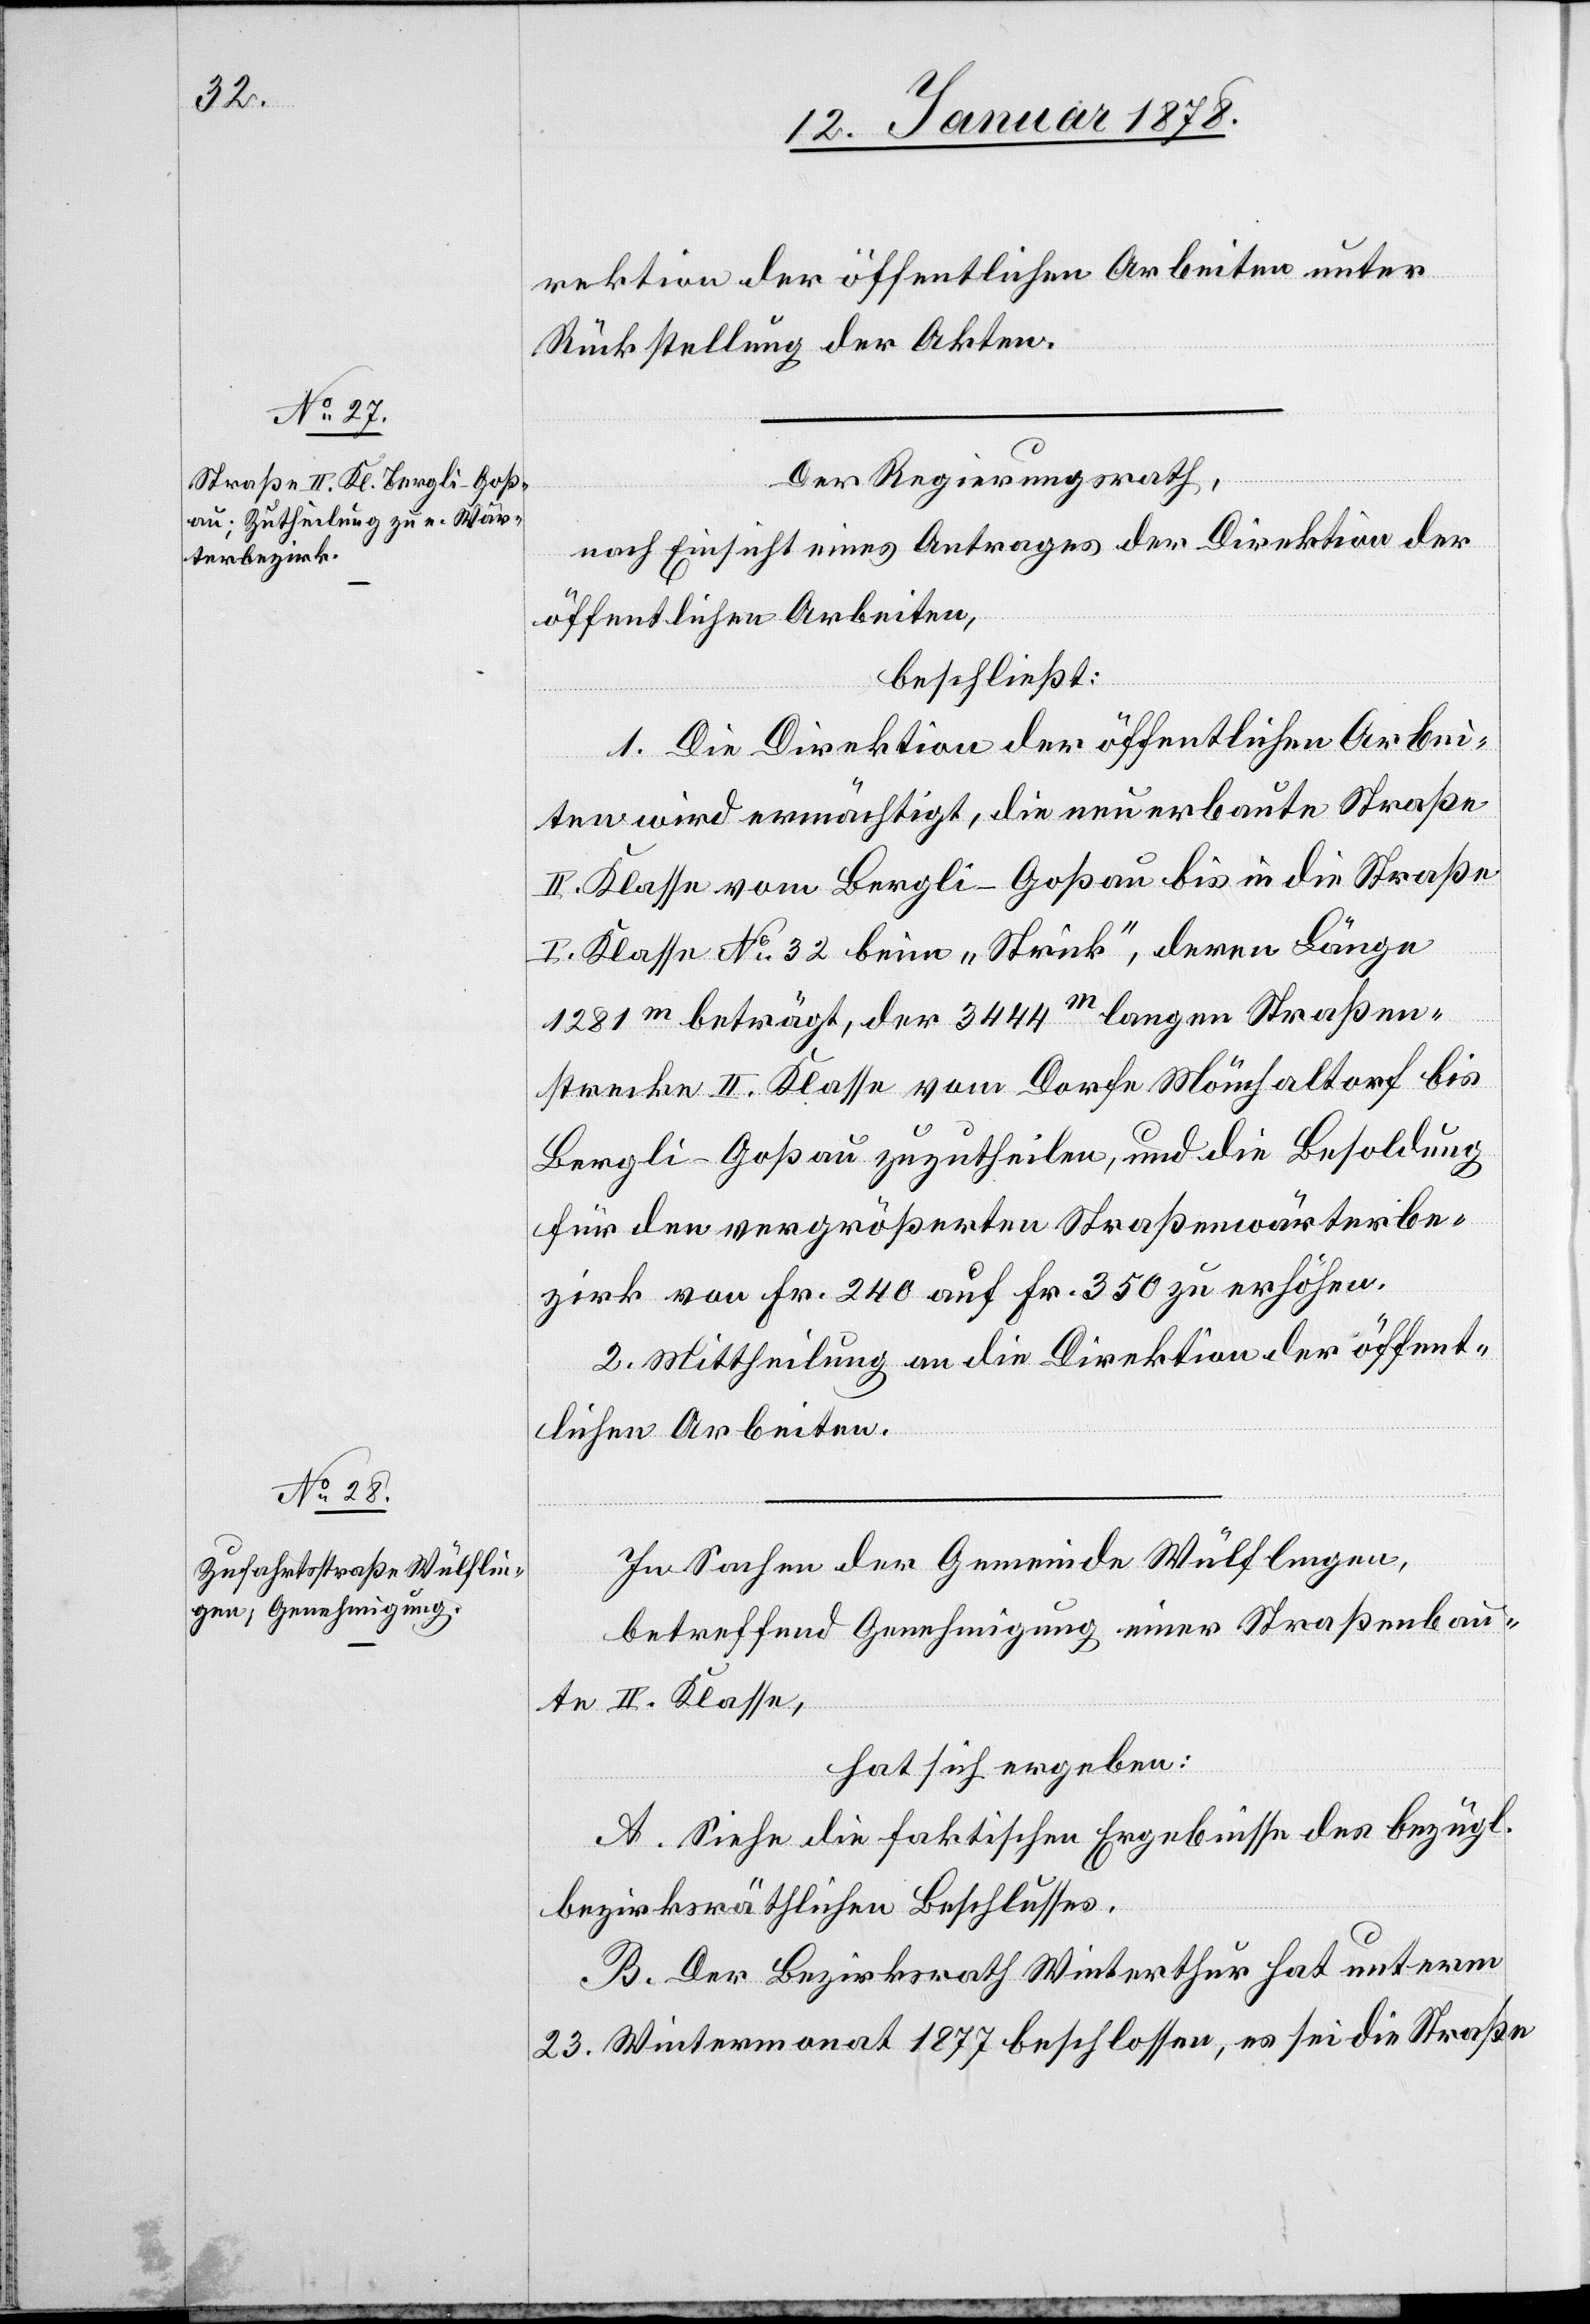
rektion der öffentlichen Arbeiten unter
Rückstellung der Akten.
Der Regierungsrath,
nach Einsicht eines Antrages der Direktion der
öffentlichen Arbeiten,
beschließt:
1. Die Direktion der öffentlichen Arbei¬
ten wird ermächtigt, die neu erbaute Straße
II Klasse vom Bergli - Goßau bis in die Straße
I Klasse No 32 beim „Stück“, deren Länge
1 281 m beträgt, der 3 444 m langen Straßen¬
strecke II Klasse vom Dorfe Mönchaltorf bis
Bergli -Goßau zuzutheilen, und die Besoldung
für den vergrößerten Straßenwärterbe¬
zirk von Fr. 240 auf Fr. 350 zu erhöhen.
2. Mittheilung an die Direktion der öffent¬
lichen Arbeiten.
In Sachen der Gemeinde Wülflingen,
betreffend Genehmigung einer Straßenbau¬
te II Klasse,
hat sich ergeben:
A. Siehe die faktischen Ergebnisse des bezügl.
bezirksräthlichen Beschlusses.
B. Der Bezirksrath Winterthur hat unterm
23. Wintermonat 1877 beschlossen, es sei die Straße